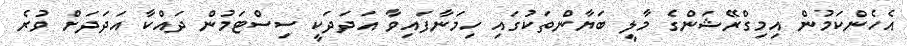
އެހެންކަމުން އިމިގްރޭޝަންގެ މާލީ ބަޔާންތަކުގައި ހިމަނާފައިވާ އަދަދަކީ ސިސްޓަމުން ދައްކާ އަދަދަށް ވުރެ